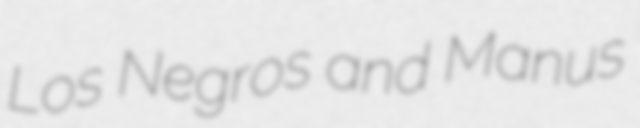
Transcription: Los Negros and Manus